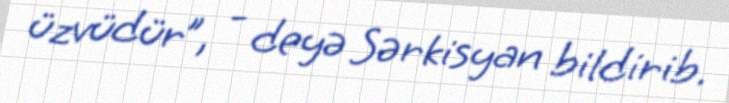
üzvüdür”, - deyə Sərkisyan bildirib.